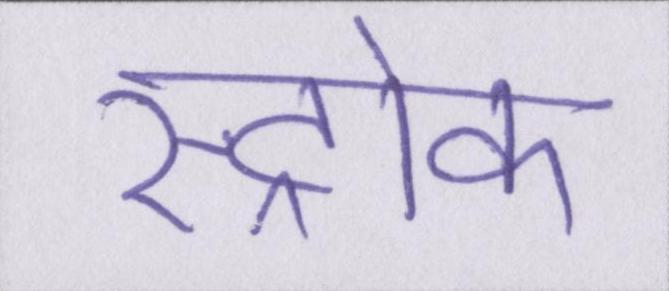
स्ट्रोक